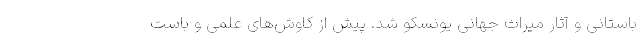
باستانی و آثار میراث جهانی یونسکو شد. پیش از کاوش‌های علمی و باست